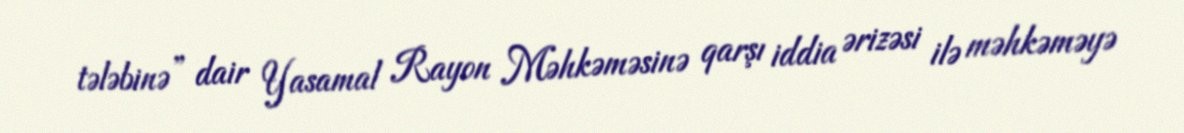
tələbinə” dair Yasamal Rayon Məhkəməsinə qarşı iddia ərizəsi ilə məhkəməyə